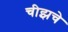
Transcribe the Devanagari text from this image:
चीझचे